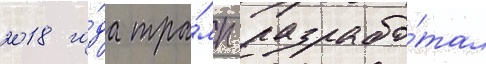
2018 го́да тра́мп разрабо́тал